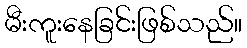
မီးကူးနေခြင်းဖြစ်သည်။